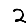
Digit: 2